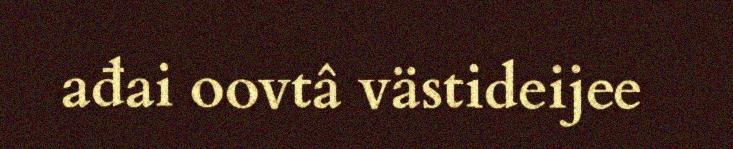
ađai oovtâ västideijee